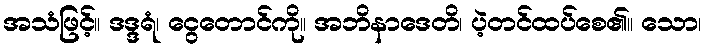
အသံဖြင့်။ ဒဒ္ဒရံ၊ ငွေတောင်ကို။ အဘိနာဒေတိ၊ ပဲ့တင်ထပ်စေ၏။ သော၊